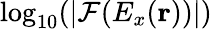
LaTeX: \log_{10}(|\mathcal{F}(E_{x}(\mathbf{r}))|)